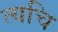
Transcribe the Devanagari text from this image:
त्यचि